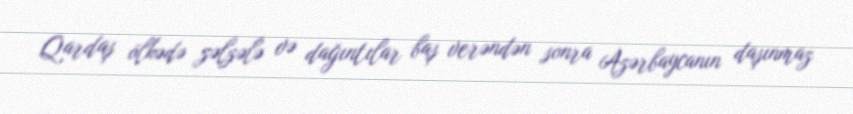
Qardaş ölkədə zəlzələ və dağıntılar baş verəndən sonra Azərbaycanın daşınmaz